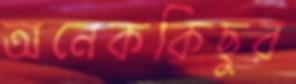
অনেককিছুর